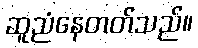
ဆူညံနေတတ်သည်။